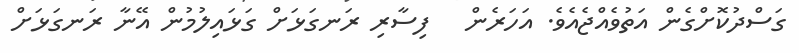
ގަސްދުކޮށްގެން އަތުވެއްޖެއެވެ. އަހަރެން   ފިސާރި ރަނގަޅަށް ގަޅައިލުމުން އޭނާ ރަނގަޅަށް